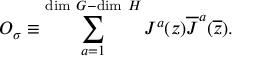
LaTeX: { \cal O } _ { \sigma } \equiv \sum _ { a = 1 } ^ { \mathrm { d i m ~ } G - \mathrm { d i m ~ } H } { \cal J } ^ { a } ( z ) \overline { { { \cal J } } } ^ { a } ( \overline { { z } } ) .